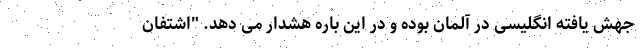
جهش یافته انگلیسی در آلمان بوده و در این باره هشدار می دهد. "اشتفان